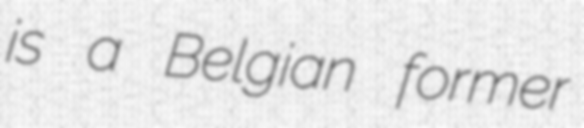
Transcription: is a Belgian former